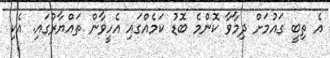
އެ ތިބީ ގައުމަށް ދިމާވާ ކޮންމެ ބޮޑު ކަމެއްގައި އެހީވާން ތައްޔާރުގައި. އެކި